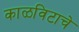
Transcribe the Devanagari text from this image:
काळविटाचे